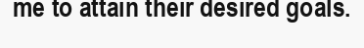
me to attain their desired goals.